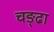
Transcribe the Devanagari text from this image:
चङ्ढा